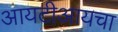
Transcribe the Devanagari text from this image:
आयटीआयचा